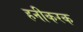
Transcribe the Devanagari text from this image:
हनीकरक